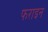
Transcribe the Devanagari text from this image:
फराइन